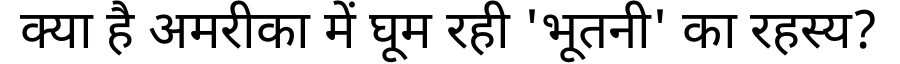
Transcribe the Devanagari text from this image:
क्या है अमरीका में घूम रही 'भूतनी' का रहस्य?